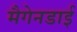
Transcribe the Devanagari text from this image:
मैगेनडाई